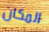
المكان